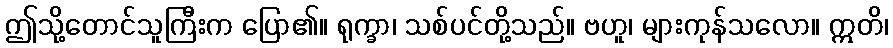
ဤသို့တောင်သူကြီးက ပြော၏။ ရုက္ခာ၊ သစ်ပင်တို့သည်။ ဗဟူ၊ များကုန်သလော။ ဣတိ၊